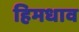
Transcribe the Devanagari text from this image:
हिमधाव